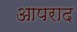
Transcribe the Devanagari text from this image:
आपराद